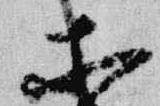
等